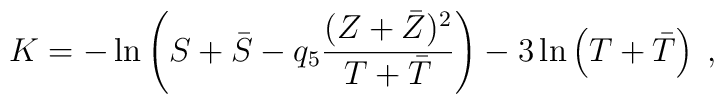
K = -\ln\left( S+\bar{S}-q_5\frac{(Z+\bar{Z})^2}{T+\bar{T}}\right)     -3\ln\left( T+\bar{T}\right)\; ,